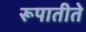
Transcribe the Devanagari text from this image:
रूपातीते